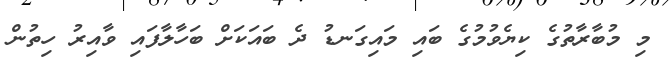
މި މުބާރާތުގެ ކިޔެވުމުގެ ބައި މައިގަނޑު ދެ ބައަކަށް ބަހާލާފައި ވާއިރު ހިތުން